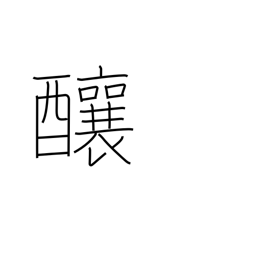
Meaning: cause